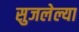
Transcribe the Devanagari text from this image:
सुजलेल्या